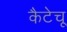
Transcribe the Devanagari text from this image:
कैटेचू